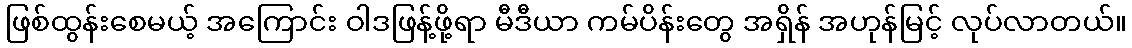
ဖြစ်ထွန်းစေမယ့် အကြောင်း ဝါဒဖြန့်ဖို့ရာ မီဒီယာ ကမ်ပိန်းတွေ အရှိန် အဟုန်မြင့် လုပ်လာတယ်။